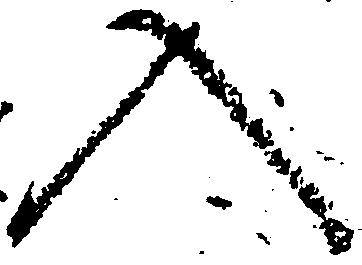
入